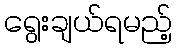
ရွေးချယ်ရမည့်